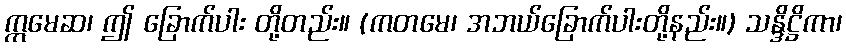
ဣမေဆ၊ ဤ ခြောက်ပါး တို့တည်း။ (ကတမေ၊ အဘယ်ခြောက်ပါးတို့နည်း။) သန္ဒိဋ္ဌိကာ၊